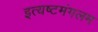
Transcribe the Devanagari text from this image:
इत्यष्टमंगलम